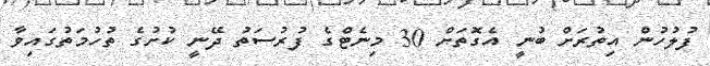
ފުލުހުން އިތުރަށް ބުނީ އެގޮތަށް 30 މިނެޓްގެ ފުރުސަތު ދޭނީ ކުށުގެ ތުހުމަތުގައިވާ